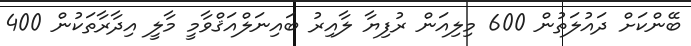
ބޭންކަށް ދައުލަތުން 600 މިލިއަން ރުފިޔާ ލާއިރު ބައިނަލްއަޤްވާމީ މާލީ އިދާރާތަކުން 400